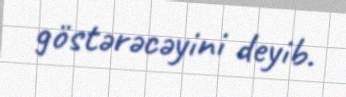
göstərəcəyini deyib.